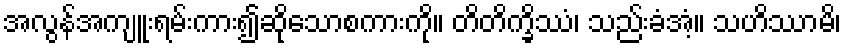
အလွန်အကျူးရမ်းကား၍ဆိုသောစကားကို။ တိတိက္ခိဿံ၊ သည်းခံအံ့။ သဟိဿာမိ၊